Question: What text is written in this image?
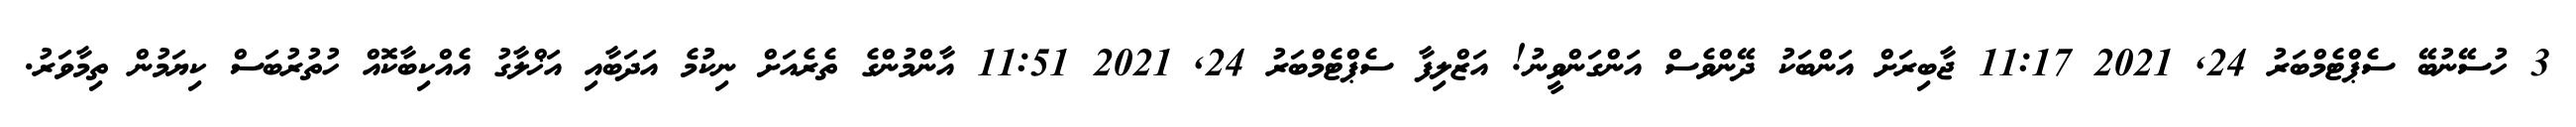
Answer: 3 ހުސޭނުބޭ ސެޕްޓެމްބަރު 24, 2021 11:17 ޖާބިރަށް އަންބަކު ދޭންވެސް އަންގަންވީނު! އަޒްލިފާ ސެޕްޓެމްބަރު 24, 2021 11:51 އާންމުންގެ ތެރެއަށް ނިކުމެ އަދަބާއި އަޚްލާގު އެއްކިބާކޮއް ހުތުރުބަސް ކިޔަމުން ތިމާވަރު.